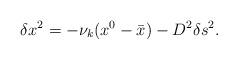
LaTeX: \begin{align*}\delta x^2 = -\nu_k (x^0 - \bar{x}) - D^2 \delta s^2.\end{align*}